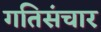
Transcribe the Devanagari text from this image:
गतिसंचार